Report of the Indian Hemp Drugs Commission, 1894-1895 - Volume I
Year: 1894
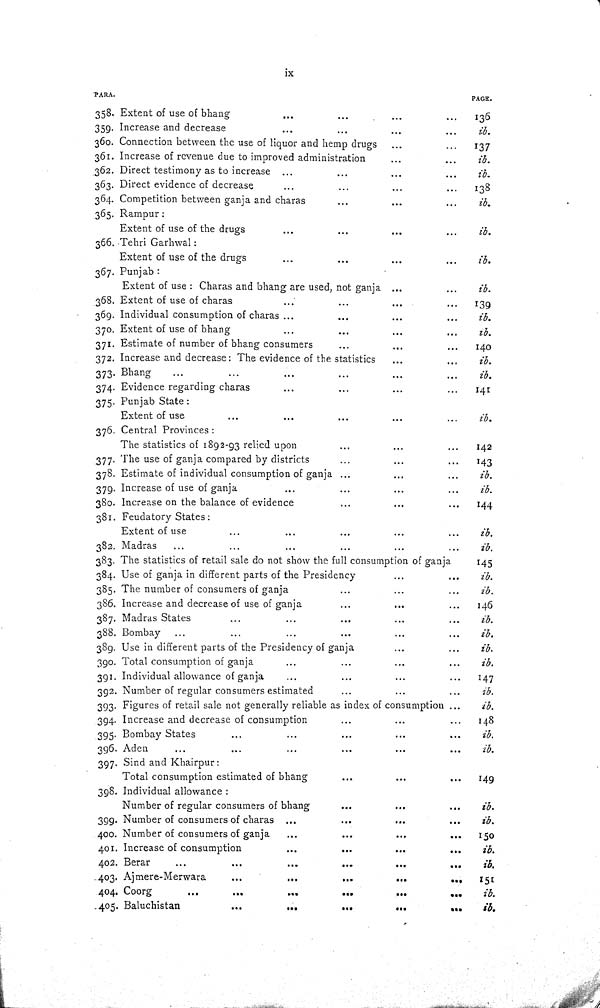
ix
PARA.
PAGE.
358. Extent of use of bhang
136
359. Increase and decrease
ib.
360. Connection between the use of liquor and hemp drugs
137
361. Increase of revenue due to improved administration
ib.
362. Direct testimony as to increase
ib.
363. Direct evidence of decrease
138
364. Competition between ganja and charas
ib.
365. Rampur:
Extent of use of the drugs
ib.
366. Tehri Garhwal:
Extent of use of the drugs
ib.
367. Punjab:
Extent of use: Charas and bhang are used, not ganja
ib.
368. Extent of use of charas
139
369. Individual consumption of charas
ib.
370. Extent of use of bhang
ib.
371. Estimate of number of bhang consumers
140
372. Increase and decrease: The evidence of the statistics
ib.
373. Bhang
ib.
374. Evidence regarding charas
141
375. Punjab State:
Extent of use
ib.
376. Central Provinces:
The statistics of 1892-93 relied upon
142
377. The use of ganja compared by districts
143
378. Estimate of individual consumption of ganja
ib.
379. Increase of use of ganja
ib.
380. Increase on the balance of evidence
144
381. Feudatory States:
Extent of use
ib.
382. Madras
ib.
383. The statistics of retail sale do not show the full consumption of ganja
145
384. Use of ganja in different parts of the Presidency
ib.
385. The number of consumers of ganja
ib.
386. Increase and decrease of use of ganja
146
387. Madras States
ib.
388. Bombay
ib.
389. Use in different parts of the Presidency of ganja
ib.
390. Total consumption of ganja
ib.
391. Individual allowance of ganja
147
392. Number of regular consumers estimated
ib.
393. Figures of retail sale not generally reliable as index of consumption
ib.
394. Increase and decrease of consumption
148
395. Bombay States
ib.
396. Aden
ib.
397. Sind and Khairpur:
Total consumption estimated of bhang
149
398. Individual allowance:
Number of regular consumers of bhang
ib.
399. Number of consumers of charas
ib.
400. Number of consumers of ganja
150
401. Increase of consumption
ib.
402. Berar
ib.
403. Ajmere-Merwara
151
404. Coorg
ib.
405. Baluchistan
ib.